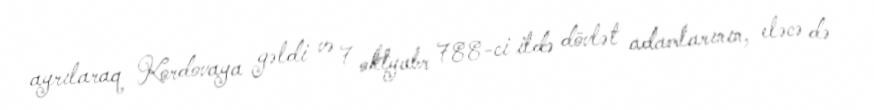
ayrılaraq Kordovaya gəldi və 7 oktyabr 788-ci ildə dövlət adamlarının, eləcə də